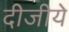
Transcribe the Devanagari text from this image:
दीजीये